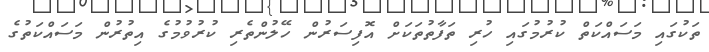
ތަކުގައި މަސައްކަތް ކުރުމުގައި ހުރި ތަފާތުތަކަށް އޮފިސަރުން ހޭލުންތެރި ކުރުވުމުގެ އިތުރުން މަސައްކަތުގެ